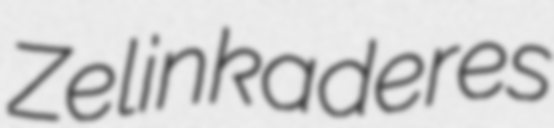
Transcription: Zelinkaderes